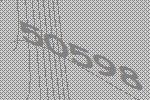
50598